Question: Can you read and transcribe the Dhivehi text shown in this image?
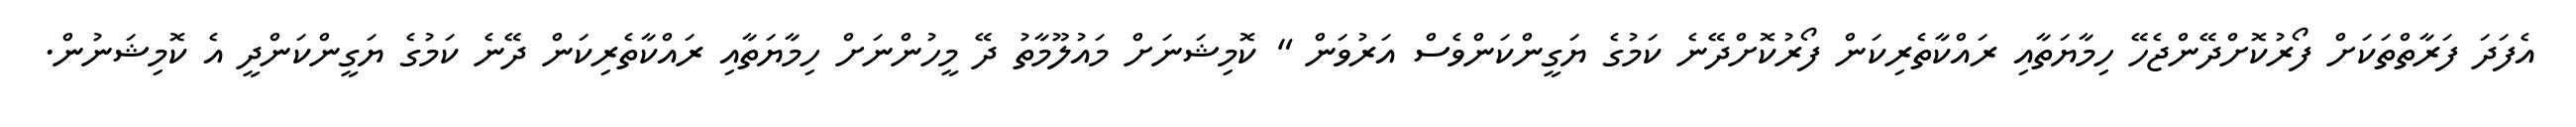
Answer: އެފަދަ ފަރާތްތަކަށް ފޯރުކޮށްދޭންޖެހޭ ހިމާޔަތާއި ރައްކާތެރިކަން ފޯރުކޮށްދޭނެ ކަމުގެ ޔަގީންކަންވެސް އަރުވަން " ކޮމިޝަނަށް މައުލޫމާތު ދޭ މީހުންނަށް ހިމާޔަތާއި ރައްކާތެރިކަން ދޭނެ ކަމުގެ ޔަގީންކަންދީ އެ ކޮމިޝަނުން.